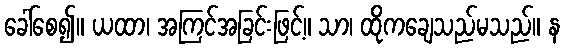
ခေါ်စေ၍။ ယထာ၊ အကြင်အခြင်းဖြင့်။ သာ၊ ထိုကချေသည်မသည်။ န